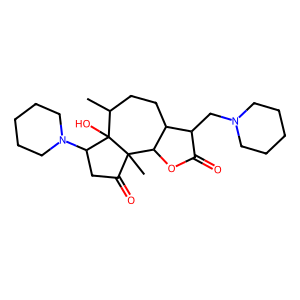
SMILES: CC1CCC2C(CN3CCCCC3)C(=O)OC2C2(C)C(=O)CC(N3CCCCC3)C12O
Inhibits HIV replication: No